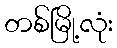
တစ်မြို့လုံး